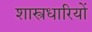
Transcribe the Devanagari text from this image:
शास्त्रधारियों